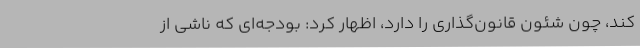
کند، چون شئون قانون‌گذاری را دارد، اظهار کرد: بودجه‌ای که ناشی از